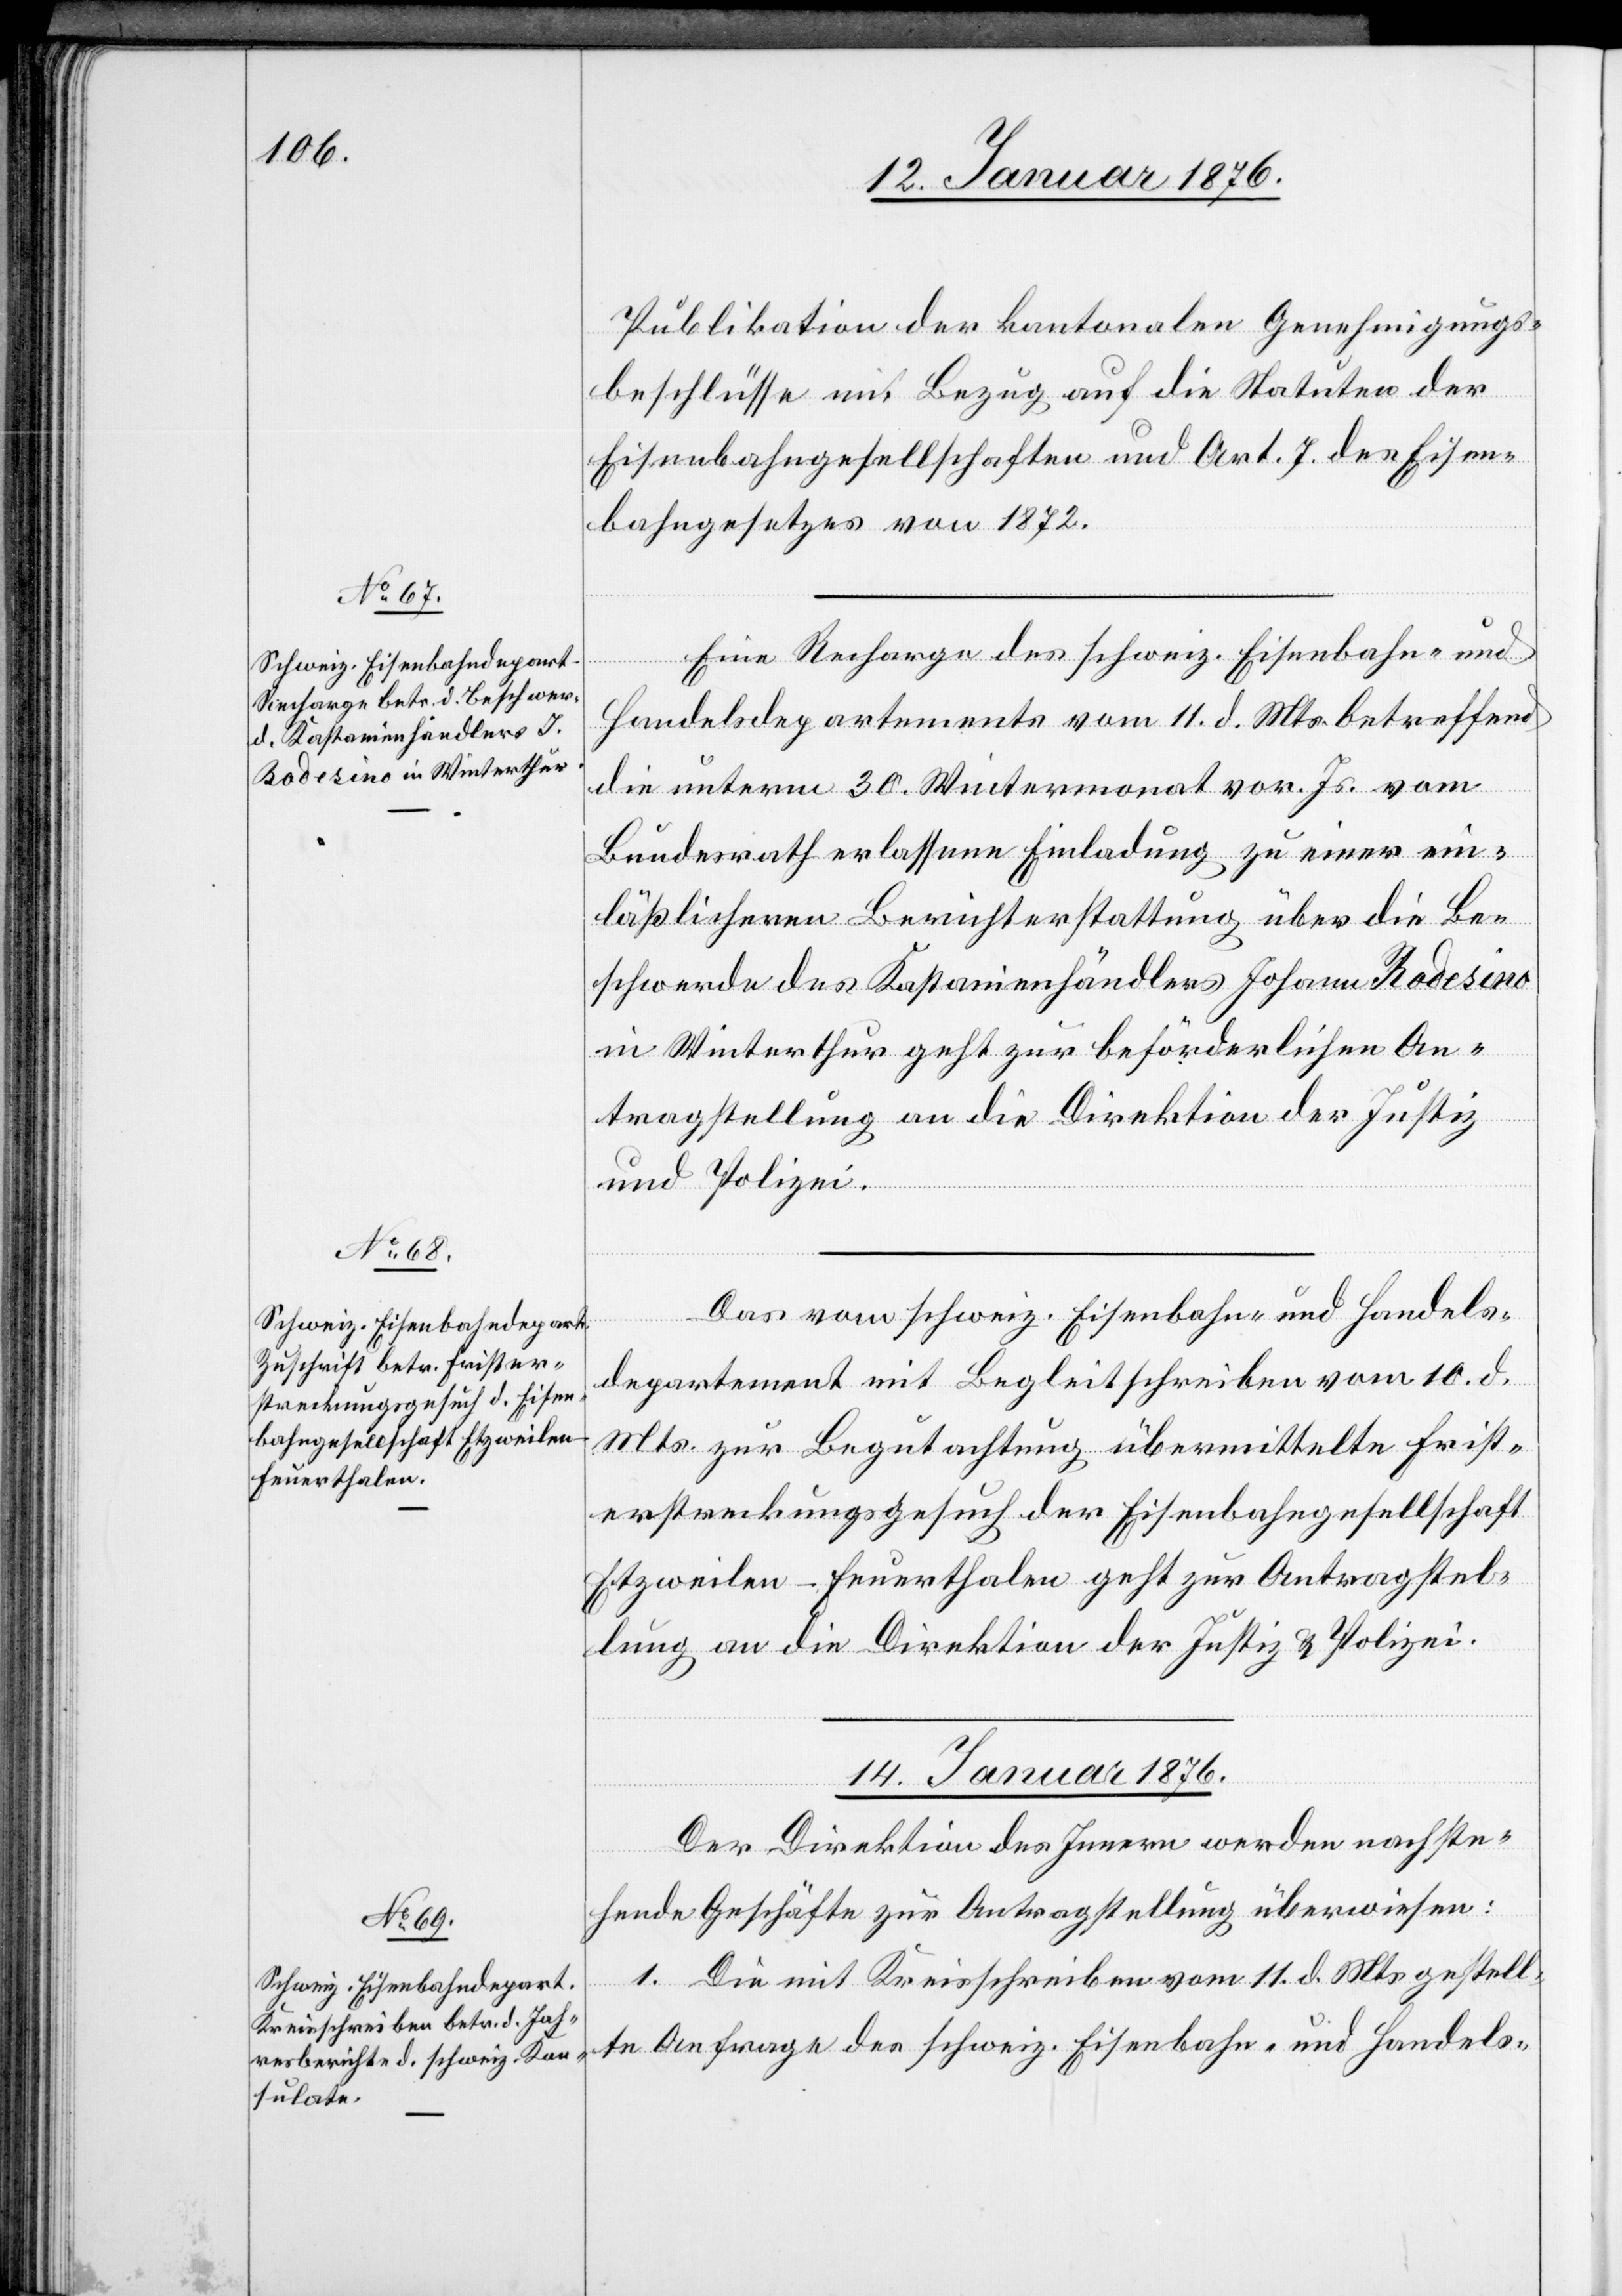
13. Januar 1876.]
Publikation der kantonalen Genehmigungs¬
beschlüsse mit Bezug auf die Statuten der
Eisenbahngesellschaften und Art. 7 des Eisen¬
bahngesetzes von 1872.
Eine Recharge des schweiz. Eisenbahn- und
Handelsdepartements vom 11. d. Mts. betreffend
die unterm 30. Wintermonat vor. Js. vom
Bundesrath erlassene Einladung zu einer ein¬
läßlichen Berichterstattung über die Be¬
schwerde des Kastanienhändlers Johann Rodesino
in Winterthur geht zur beförderlichen An¬
tragstellung an die Direktion der Justiz
und Polizei.
Das vom schweiz. Eisenbahn- und Handels¬
departement mit Begleitschreiben vom 10. d.
Mts. zur Begutachtung übermittelte Frist¬
erstreckungsgesuch der Eisenbahngesellschaft
Etzweilen-Feuerthalen geht zur Antragstel¬
lung an die Direktion der Justiz u. Polizei.
14. Januar 1876.
Der Direktion des Innern werden nachste¬
hende Geschäfte zur Antragstellung überwiesen:
1. Die mit Kreisschreiben vom 11. d. Mts. gestell¬
te Anfrage des schweiz. Eisenbahn- und Handels-